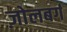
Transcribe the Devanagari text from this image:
ज़ोलबर्ग